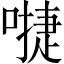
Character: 𠽕